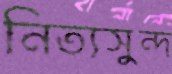
নিত্যসুন্দ